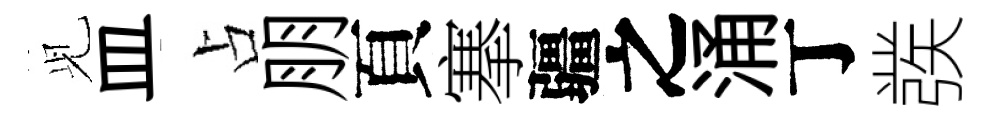
𫤗皿占朋頁搴疆之涌丁彂